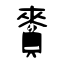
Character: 賚